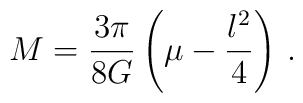
M = \frac{3\pi}{8G}\left(\mu - \frac{l^2}{4}\right)\,.